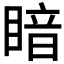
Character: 𪾲